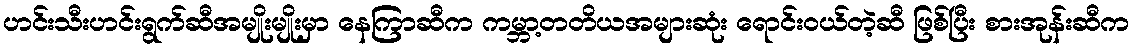
ဟင်းသီးဟင်းရွက်ဆီအမျိုးမျိုးမှာ နေကြာဆီက ကမ္ဘာ့တတိယအများဆုံး ရောင်းဝယ်တဲ့ဆီ ဖြစ်ပြီး စားအုန်းဆီက